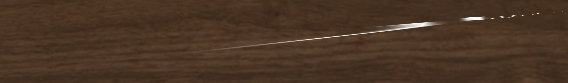
أبراج المستقبل   برج تجار